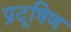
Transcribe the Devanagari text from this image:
प्रदूषिण